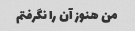
من هنوز آن را نگرفتم